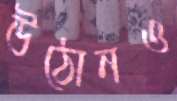
উঠোনও